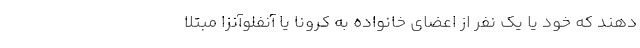
دهند که خود یا یک نفر از اعضای خانواده به کرونا یا آنفلوآنزا مبتلا